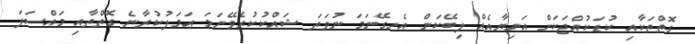
ގޮތްތަކާއި ކުޑަކުއްޖަކަށް އަނިޔާއެއް ލިބޭކަން އެނގޭނަމަ ނުވަތަ ޝައްކުކުރެވޭނަމަ ޢަމަލުކުރާނެ ގޮތްތާއި މައްސަލަ